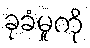
ခုခံမှုကို